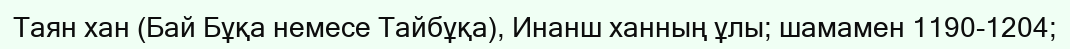
Таян хан (Бай Бұқа немесе Тайбұқа), Инанш ханның ұлы; шамамен 1190-1204;